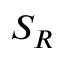
S _ { R }